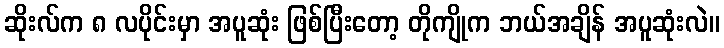
ဆိုးလ်က ၈ လပိုင်းမှာ အပူဆုံး ဖြစ်ပြီးတော့ တိုကျိုက ဘယ်အချိန် အပူဆုံးလဲ။